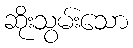
ဆိုးသွမ်းသော